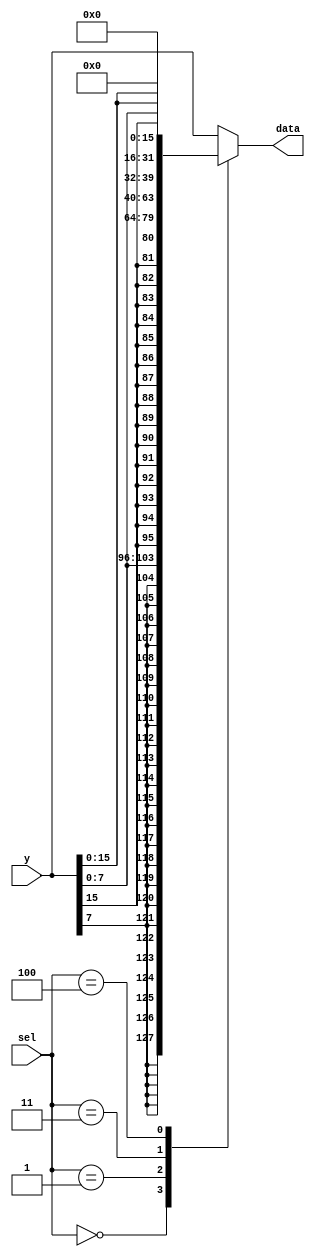

// load_extend.v - logic for extending the data and addr for loading word, half and byte


module load_extend (
    input [31:0] y,
    input [ 2:0] sel,
    output reg [31:0] data
);

always @(*) begin
    case (sel)
    3'b000: data = {{24{y[7]}}, y[7:0]};    // signed byte
    3'b001: data = {{16{y[15]}}, y[15:0]};  // signed half
    3'b010: data = y;                       // signed word
    3'b011: data = {24'b0, y[7:0]};         // unsigned byte
    3'b100: data = {16'b0, y[15:0]};        // unsigned half
    default: data = y;
    endcase
end

endmodule